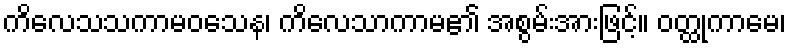
ကိလေသသကာမဝသေန၊ ကိလေသာကာမ၏ အစွမ်းအားဖြင့်။ ဝတ္ထုကာမေ၊